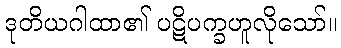
ဒုတိယဂါထာ၏ ပဋိပက္ခဟူလိုသော်။